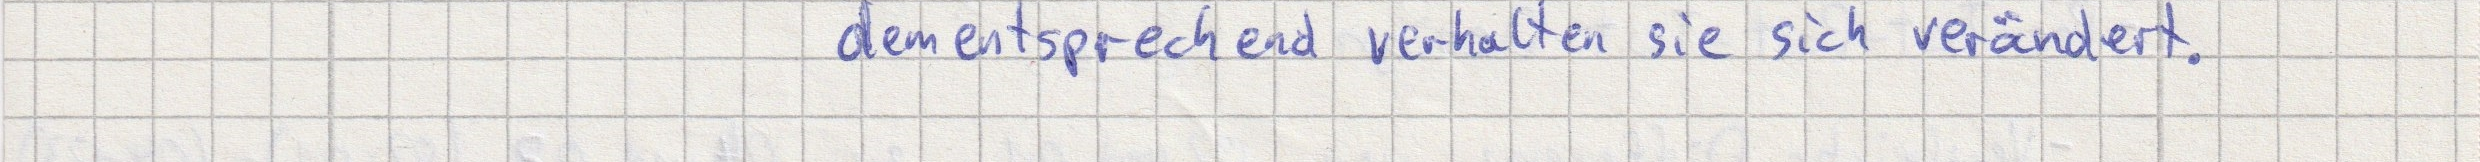
dementsprechend verhalten sie sich verändert.